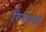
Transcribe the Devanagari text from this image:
रिनाल्डो